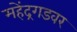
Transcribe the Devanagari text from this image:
महेंद्रगडवर